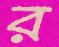
র